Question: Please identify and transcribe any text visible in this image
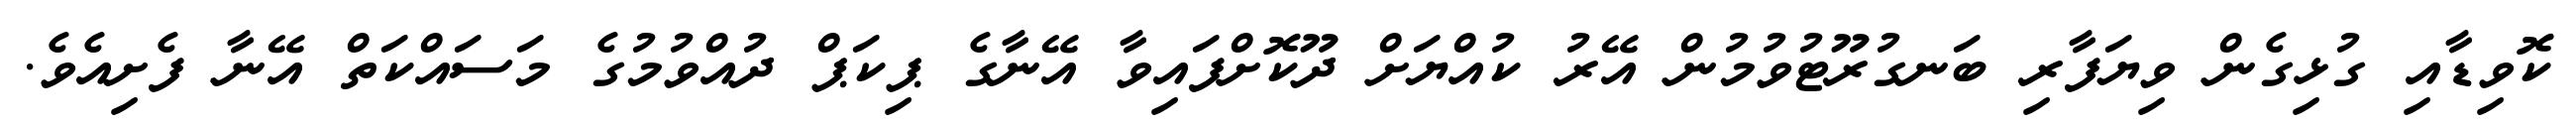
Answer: ކޮވިޑާއި ގުޅިގެން ވިޔަފާރި ބަނގުރޫޓުވުމުން އޭރު ކުއްޔަށް ދޫކޮށްފައިވާ އޭނާގެ ޕިކަޕް ދުއްވުމުގެ މަސައްކަތް އޭނާ ފެށިއެވެ.